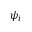
\psi _ { i }